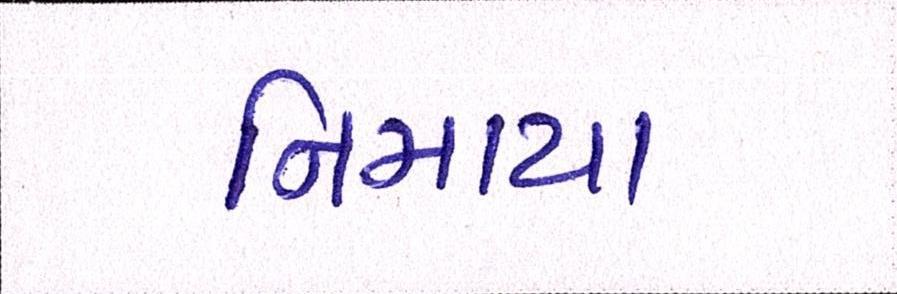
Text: નિમાયા